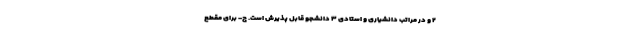
۲ و در مراتب دانشیاری و استادی ۳ دانشجو قابل پذیرش است. ج- برای مقطع